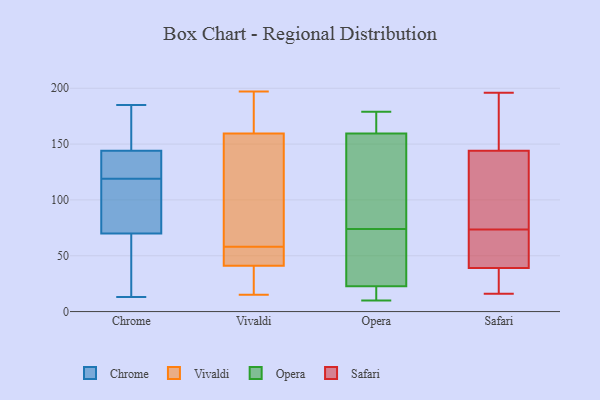
{"axis": {"x": "Satisfaction Score", "y": "Value"}, "legend": ["Chrome", "Opera", "Safari", "Vivaldi"], "data": [{"x": "", "y": 92, "type": "Chrome"}, {"x": "", "y": 126, "type": "Chrome"}, {"x": "", "y": 144, "type": "Chrome"}, {"x": "", "y": 88, "type": "Chrome"}, {"x": "", "y": 48, "type": "Chrome"}, {"x": "", "y": 142, "type": "Chrome"}, {"x": "", "y": 163, "type": "Chrome"}, {"x": "", "y": 165, "type": "Chrome"}, {"x": "", "y": 185, "type": "Chrome"}, {"x": "", "y": 70, "type": "Chrome"}, {"x": "", "y": 112, "type": "Chrome"}, {"x": "", "y": 126, "type": "Chrome"}, {"x": "", "y": 40, "type": "Chrome"}, {"x": "", "y": 13, "type": "Chrome"}, {"x": "", "y": 42, "type": "Vivaldi"}, {"x": "", "y": 197, "type": "Vivaldi"}, {"x": "", "y": 94, "type": "Vivaldi"}, {"x": "", "y": 57, "type": "Vivaldi"}, {"x": "", "y": 174, "type": "Vivaldi"}, {"x": "", "y": 59, "type": "Vivaldi"}, {"x": "", "y": 40, "type": "Vivaldi"}, {"x": "", "y": 145, "type": "Vivaldi"}, {"x": "", "y": 194, "type": "Vivaldi"}, {"x": "", "y": 39, "type": "Vivaldi"}, {"x": "", "y": 15, "type": "Vivaldi"}, {"x": "", "y": 57, "type": "Vivaldi"}, {"x": "", "y": 10, "type": "Opera"}, {"x": "", "y": 85, "type": "Opera"}, {"x": "", "y": 69, "type": "Opera"}, {"x": "", "y": 176, "type": "Opera"}, {"x": "", "y": 61, "type": "Opera"}, {"x": "", "y": 177, "type": "Opera"}, {"x": "", "y": 96, "type": "Opera"}, {"x": "", "y": 22, "type": "Opera"}, {"x": "", "y": 74, "type": "Opera"}, {"x": "", "y": 154, "type": "Opera"}, {"x": "", "y": 179, "type": "Opera"}, {"x": "", "y": 18, "type": "Opera"}, {"x": "", "y": 23, "type": "Opera"}, {"x": "", "y": 72, "type": "Safari"}, {"x": "", "y": 114, "type": "Safari"}, {"x": "", "y": 75, "type": "Safari"}, {"x": "", "y": 61, "type": "Safari"}, {"x": "", "y": 18, "type": "Safari"}, {"x": "", "y": 134, "type": "Safari"}, {"x": "", "y": 144, "type": "Safari"}, {"x": "", "y": 100, "type": "Safari"}, {"x": "", "y": 16, "type": "Safari"}, {"x": "", "y": 66, "type": "Safari"}, {"x": "", "y": 196, "type": "Safari"}, {"x": "", "y": 172, "type": "Safari"}, {"x": "", "y": 161, "type": "Safari"}, {"x": "", "y": 164, "type": "Safari"}, {"x": "", "y": 30, "type": "Safari"}, {"x": "", "y": 25, "type": "Safari"}, {"x": "", "y": 39, "type": "Safari"}, {"x": "", "y": 48, "type": "Safari"}]}